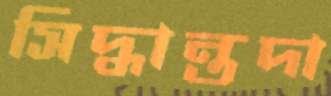
সিদ্ধান্তদা